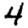
Digit: 4